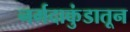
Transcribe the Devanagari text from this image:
नर्मदाकुंडातून